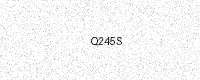
Text: Q245S